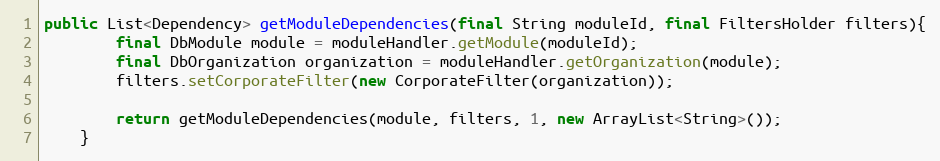
Language: Java
public List<Dependency> getModuleDependencies(final String moduleId, final FiltersHolder filters){
        final DbModule module = moduleHandler.getModule(moduleId);
        final DbOrganization organization = moduleHandler.getOrganization(module);
        filters.setCorporateFilter(new CorporateFilter(organization));

        return getModuleDependencies(module, filters, 1, new ArrayList<String>());
    }